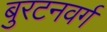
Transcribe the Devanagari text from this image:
बुरटनवर्ग